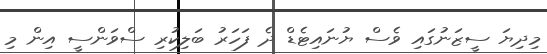
މިދިޔަ ސީޒަނުގައި ވެސް ޔުނައިޓެޑް ދެ ފަހަރު ބަލިކުރި ސްވަންސީ އިން މި